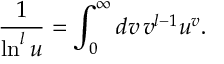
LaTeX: \frac { 1 } { \ln ^ { l } u } = \int _ { 0 } ^ { \infty } d v \, v ^ { l - 1 } u ^ { v } .